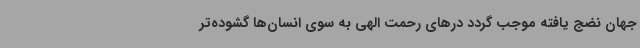
جهان نضج یافته موجب گردد درهای رحمت الهی به سوی انسان‌ها گشوده‌تر